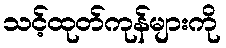
သင့်ထုတ်ကုန်များကို